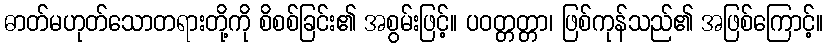
ဓာတ်မဟုတ်သောတရားတို့ကို စိစစ်ခြင်း၏ အစွမ်းဖြင့်။ ပဝတ္တတ္တာ၊ ဖြစ်ကုန်သည်၏ အဖြစ်ကြောင့်။